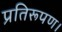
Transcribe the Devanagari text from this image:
प्रतिरूपण।